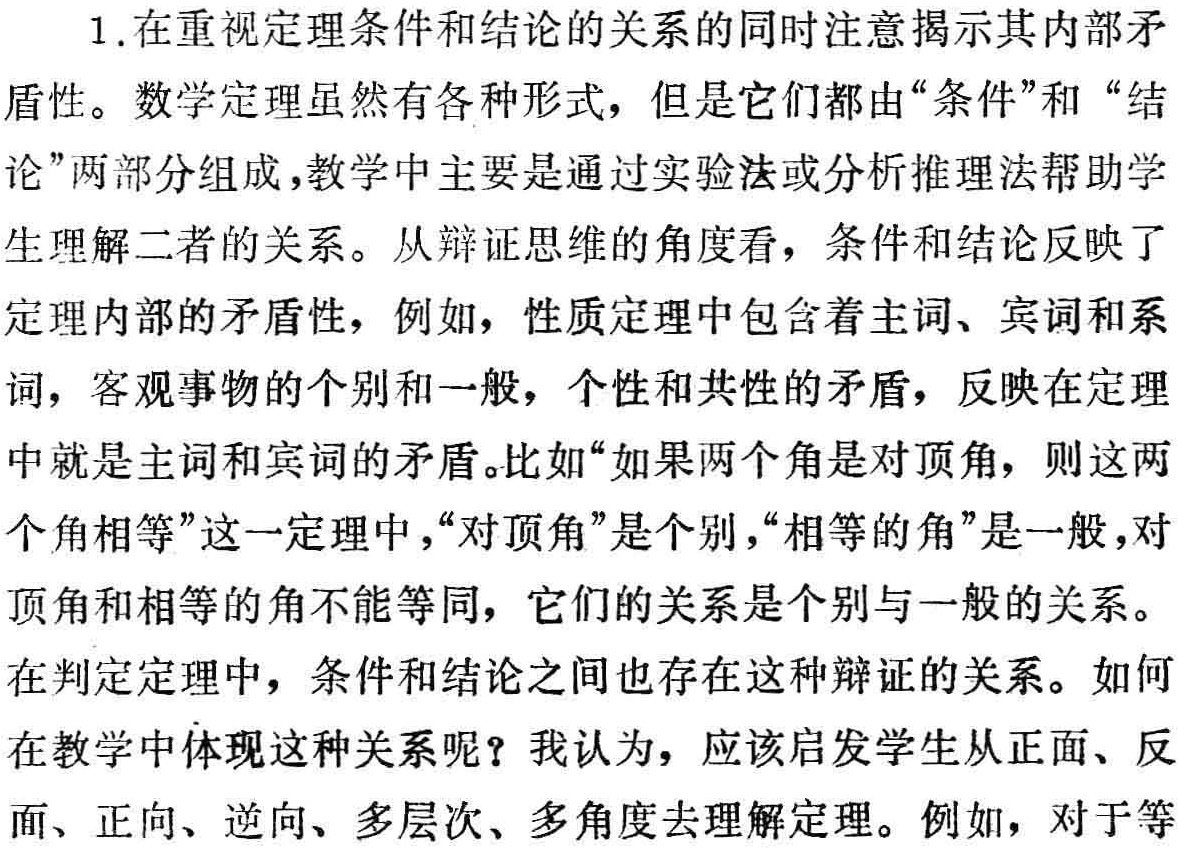
1.在重视定理条件和结论的关系的同时注意揭示其内部矛盾性。数学定理虽然有各种形式，但是它们都由“条件”和 “结论”两部分组成，教学中主要是通过实验法或分析推理法帮助学生理解二者的关系。从辩证思维的角度看，条件和结论反映了定理内部的矛盾性，例如，性质定理中包含着主词、宾词和系词，客观事物的个别和一般，个性和共性的矛盾，反映在定理中就是主词和宾词的矛盾。比如“如果两个角是对顶角，则这两个角相等”这一定理中，“对顶角”是个别，“相等的角”是一般，对顶角和相等的角不能等同，它们的关系是个别与一般的关系。在判定定理中，条件和结论之间也存在这种辩证的关系。如何在教学中体现这种关系呢？我认为，应该启发学生从正面、反面、正向、逆向、多层次、多角度去理解定理。例如，对于等